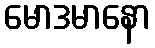
မောဒမာနော